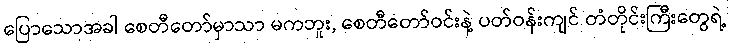
ပြောသောအခါ စေတီတော်မှာသာ မကဘူး, စေတီတော်ဝင်းနဲ့ ပတ်ဝန်းကျင် တံတိုင်းကြီးတွေရဲ့